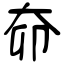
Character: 奅